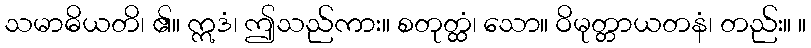
သမာဓိယတိ၊ ၏။ ဣဒံ၊ ဤသည်ကား။ စတုတ္ထံ၊ သော။ ဝိမုတ္တာယတနံ၊ တည်း။ ။